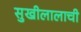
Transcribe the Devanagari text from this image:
सुखीलालाची